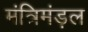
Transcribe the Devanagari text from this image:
मंत्रिमंड़ल